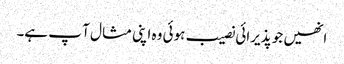
انھیں جو پذیرائی نصیب ہوئی وہ اپنی مثا ل آ پ ہے۔